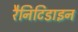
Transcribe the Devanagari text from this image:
रैनिटिडाइन